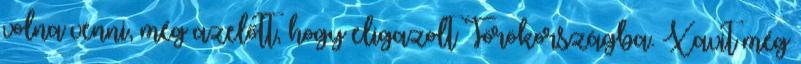
volna venni, még azelőtt, hogy eligazolt Törökországba. Xavit még